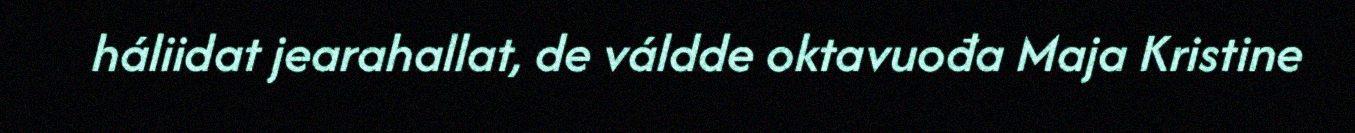
háliidat jearahallat, de váldde oktavuođa Maja Kristine